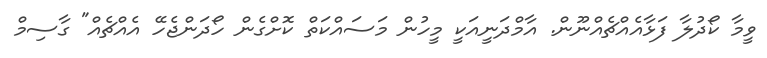
ވީމާ ކޯދުލާ ފަޅާއެއްޗެއްނޫން. އާމްދަނީއަކީ މީހުން މަސައްކަތް ކޮށްގެން ހޯދަންޖެހޭ އެއްޗެއް" ގާސިމް